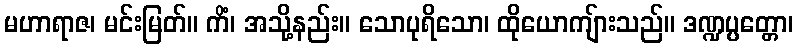
မဟာရာဇ၊ မင်းမြတ်။ ကိံ၊ အသို့နည်း။ သောပုရိသော၊ ထိုယောကျ်ားသည်။ ဒဏ္ဍပ္ပတ္တော၊